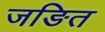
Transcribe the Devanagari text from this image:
जङित